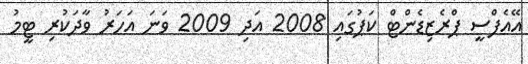
އޭއެފްސީ ޕްރެޒިޑެންޓް ކަޕުގައި 2008 އަދި 2009 ވަނަ އަހަރު ވާދަކުރި ޓީމު